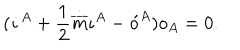
( \dot { \iota } ^ { A } + \frac { 1 } { 2 } \dot { \overline { { { m } } } } \iota ^ { A } - \acute { o } ^ { A } ) o _ { A } = 0 .